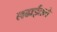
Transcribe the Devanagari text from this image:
लढाईतले